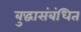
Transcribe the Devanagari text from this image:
बुद्धासंबंधित